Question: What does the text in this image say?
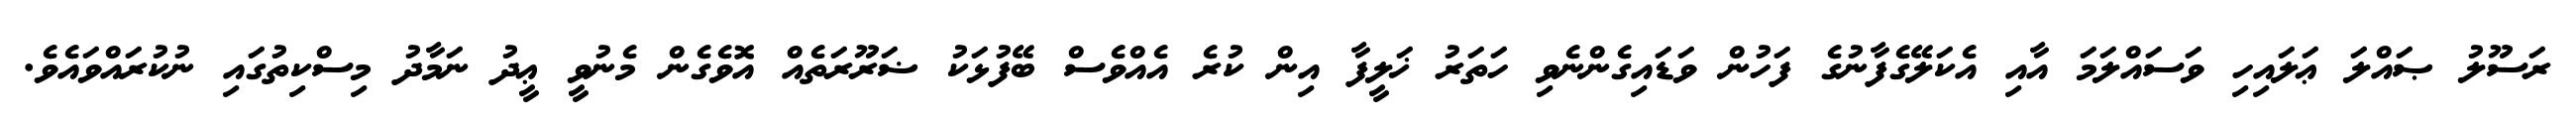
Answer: ރަސޫލު ޞައްލަ ޢަލައިހި ވަސައްލަމަ އާއި އެކަލޭގެފާނުގެ ފަހުން ވަޑައިގެންނެވި ހަތަރު ޚަލީފާ އިން ކުރެ އެއްވެސް ބޭފުޅަކު ޟަރޫރަތެއް އޮވެގެން މެނުވީ ޢީދު ނަމާދު މިސްކިތުގައި ނުކުރައްވައެވެ.